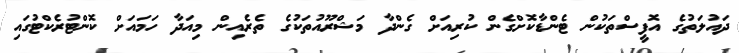
ދައުލަތުގެ އޮފީސްތަކުން ޓެންޑާކޮށްގެން ކުރިއަށް ގެންދާ މަޝްރޫއުތަކުގެ ތެރެއިން މިއަދާ ހަމައަށް ކޮންޓުރެކްޓުގައި